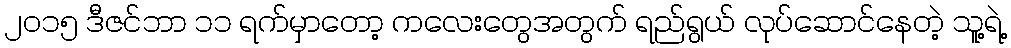
၂၀၁၅ ဒီဇင်ဘာ ၁၁ ရက်မှာတော့ ကလေးတွေအတွက် ရည်ရွယ် လုပ်ဆောင်နေတဲ့ သူ့ရဲ့